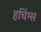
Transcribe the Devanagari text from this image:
हचिंग्स